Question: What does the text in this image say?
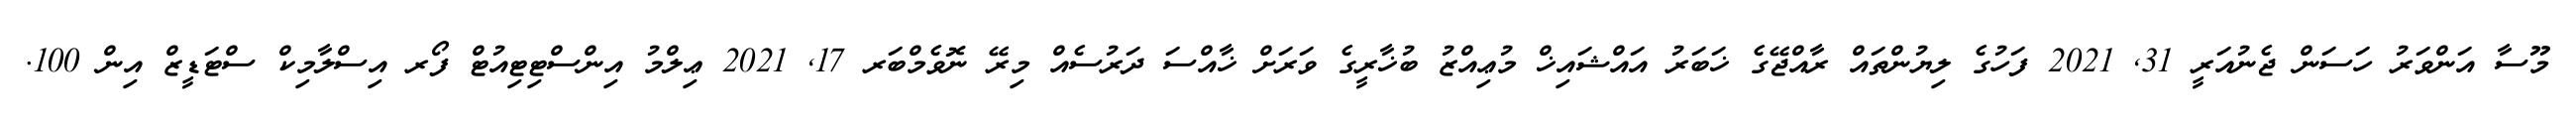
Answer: މޫސާ އަންވަރު ހަސަން ޖެނުއަރީ 31, 2021 ފަހުގެ ލިޔުންތައް ރާއްޖޭގެ ޚަބަރު އައްޝައިޚް މުޢިއްޒު ބުޚާރީގެ ވަރަށް ޚާއްސަ ދަރުސެއް މިރޭ ނޮވެމްބަރ 17, 2021 ޢިލްމު އިންސްޓިޓިއުޓް ފޯރ އިސްލާމިކް ސްޓަޑީޒް އިން 100.